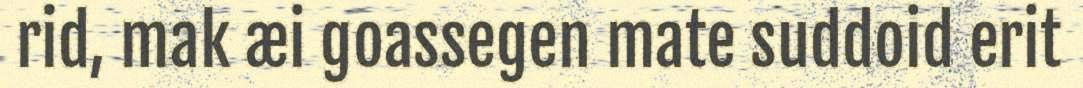
rid, mak æi goassegen mate suddoid erit